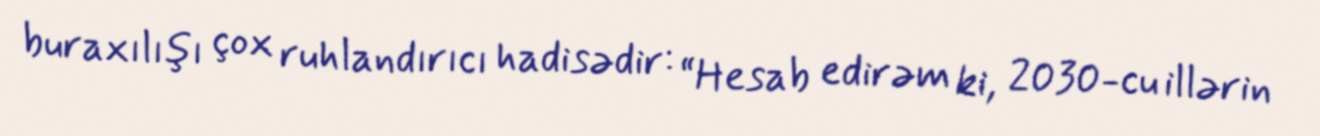
buraxılışı çox ruhlandırıcı hadisədir: “Hesab edirəm ki, 2030-cu illərin